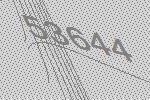
53644